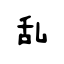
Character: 乱